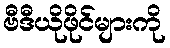
ဗီဒီယိုဖိုင်များကို